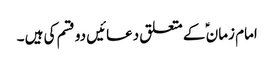
امام زمان ؑ کے متعلق دعائیں دو قسم کی ہیں ۔